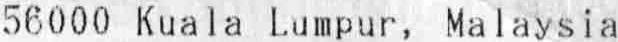
56000 KUALA LUMPUR, MALAYSIA